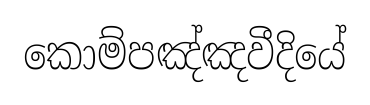
කොම්පඤ්ඤවීදියේ